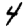
Digit: 4